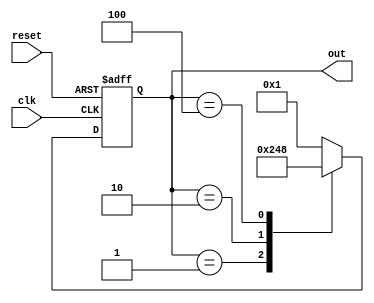
module ring_counter (
    input wire clk,        // Clock signal
    input wire reset,      // Asynchronous reset signal
    output reg [3:0] out   // 4-bit output
);

// State encoding
localparam STATE_0 = 4'b0001;
localparam STATE_1 = 4'b0010;
localparam STATE_2 = 4'b0100;
localparam STATE_3 = 4'b1000;

// Sequential logic for the ring counter
always @(posedge clk or posedge reset) begin
    if (reset) begin
        // Asynchronous reset to State 0
        out <= STATE_0;
    end else begin
        // State transition logic
        case (out)
            STATE_0: out <= STATE_1;
            STATE_1: out <= STATE_2;
            STATE_2: out <= STATE_3;
            STATE_3: out <= STATE_0;
            default: out <= STATE_0; // Default case to handle unexpected states
        endcase
    end
end

endmodule